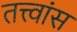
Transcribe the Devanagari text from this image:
तत्त्वांस